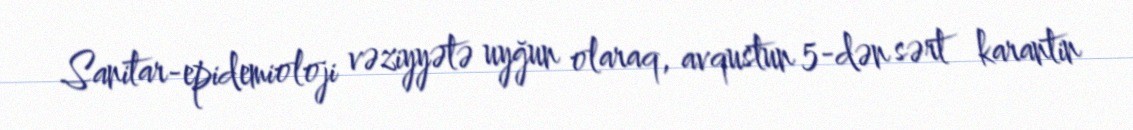
Sanitar-epidemioloji vəziyyətə uyğun olaraq, avqustun 5-dən sərt karantin